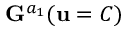
\mathbf { G } ^ { a _ { 1 } } ( \mathbf { u } = C )